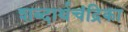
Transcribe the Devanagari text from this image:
शब्दार्थचंद्रिका